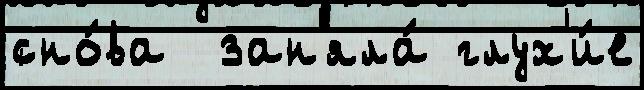
сно́ва  зан'яла́ глух'и́е